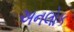
અનલોક